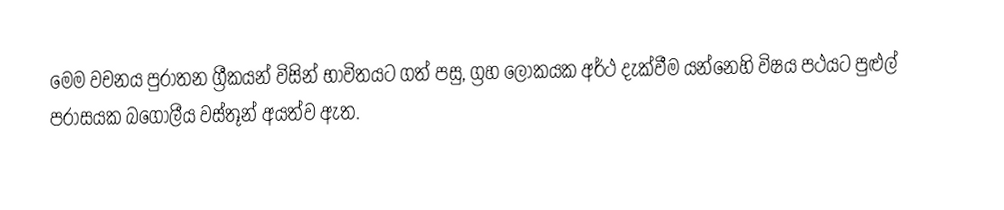
මෙම වචනය පුරාතන ග්‍රීකයන් විසින් භාවිතයට ගත් පසු, ග්‍රහ ලෝකයක අර්ථ දැක්වීම යන්නෙහි විෂය පථයට පුළුල් පරාසයක බගෝලීය වස්තූන් අයත්ව ඇත.